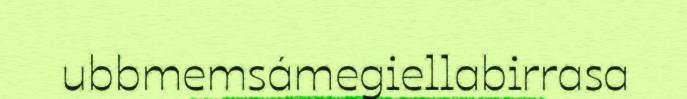
ubbmemsámegiellabirrasa